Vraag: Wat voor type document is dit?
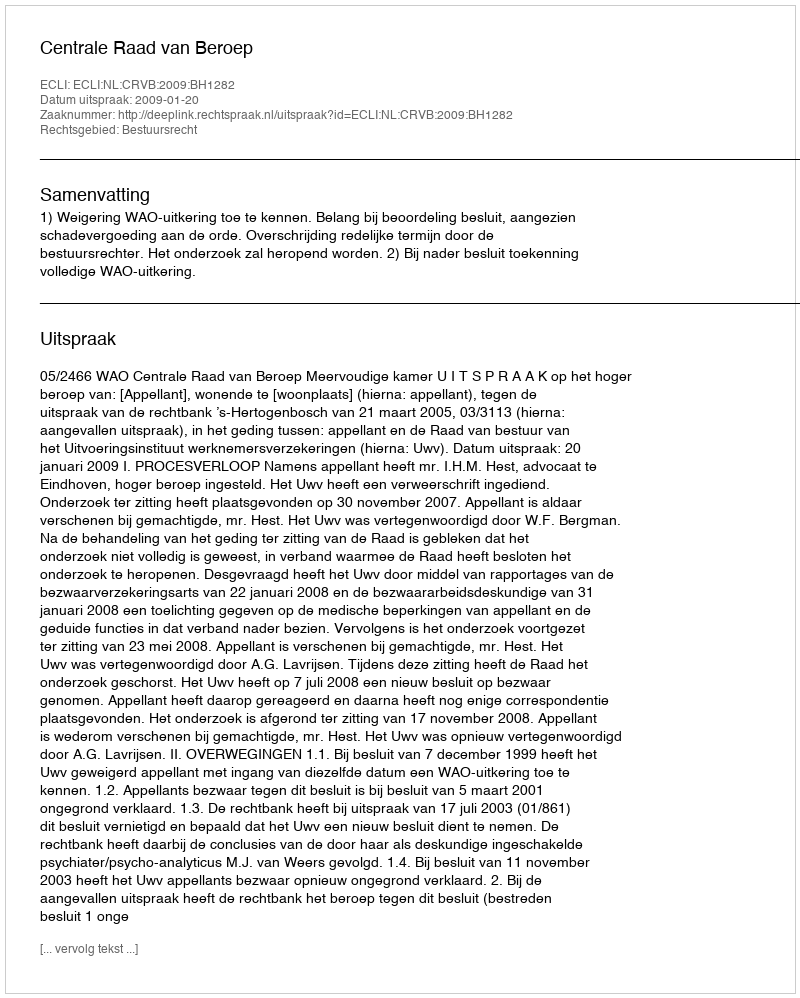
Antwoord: Uitspraak